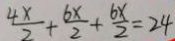
\frac { 4 x } { 2 } + \frac { 6 x } { 2 } + \frac { 6 x } { 2 } = 2 4